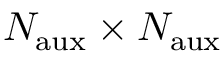
N _ { \mathrm { a u x } } \times N _ { \mathrm { a u x } }